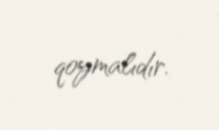
qoymalıdır.